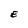
Character: E